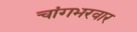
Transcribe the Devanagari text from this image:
चांगभरवार